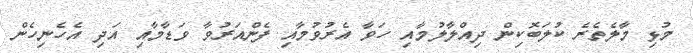
މުޅި މާލެތެރެ ކުލަބޮކިން ދިއްލާލުމާއި ހަވާ އެރުވުމާއި ފެންއަރުވާ ވަޑާމާއި އަދި އެހެނިހެން